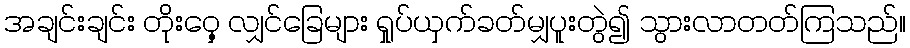
အချင်းချင်း တိုးဝှေ့ လျှင်ခြေများ ရှုပ်ယှက်ခတ်မျှပူးတွဲ၍ သွားလာတတ်ကြသည်။